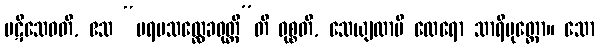
ပဋိသေဝတိ, ဧသ “ပရမသလ္လေခဝုတ္တီ”တိ ဝုစ္စတိ, သေယျထာပိ ထေရော သာရိပုတ္တော။ သော